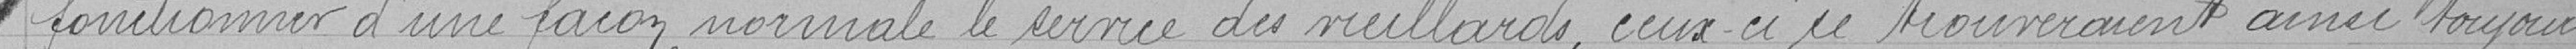
fonctionner d'une façon normale le service des vieillards, ceux-ci se trouveraient ainsi toujours